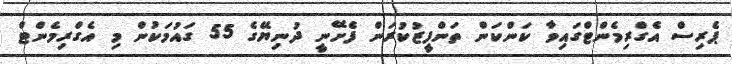
ޕެރިސް އެގްރިމެންޓްގައިވާ ކަންކަން ތަންފީޒުކުރަން ފެށޭނީ ދުނިޔޭގެ 55 ގައުމަކުން މި އެގްރިމެންޓް